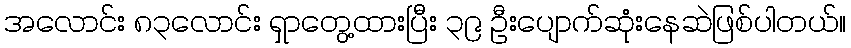
အလောင်း ၈၃လောင်း ရှာတွေ့ထားပြီး ၃၉ ဦးပျောက်ဆုံးနေဆဲဖြစ်ပါတယ်။